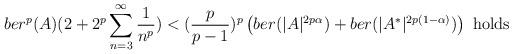
LaTeX: \begin{align*}ber^p(A) {(2+ 2^{p}\displaystyle\sum_{n=3}^{\infty}\frac{1}{n^p})}<(\frac{p}{p-1} )^{p} \left(ber(|A|^{2p\alpha})+ber(|A^*|^{2p(1-\alpha)})\right)~\mbox{holds}\end{align*}